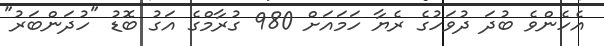
އެހެންވެ ބުދަ ދުވަހުގެ ރެޔާ ހަމައަށް 980 ގުރާމްގެ އަގު ބޮޑު "ހުދަންބަރު"